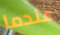
عندما